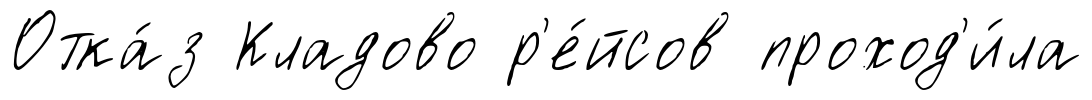
Отка́з Кладово р'е́йсов проход'и́ла